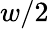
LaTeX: w/2